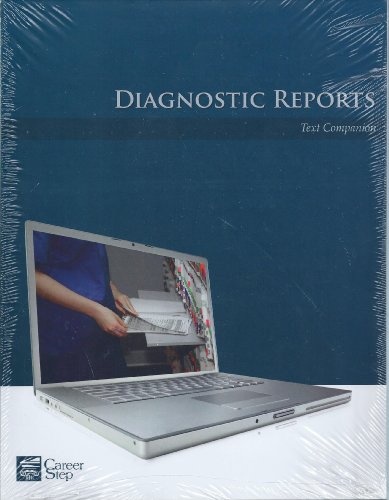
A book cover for Diagnostic Reports (Career Step: Medical Transcription Editor Program Companion); Medical Books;